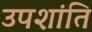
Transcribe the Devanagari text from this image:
उपशांति